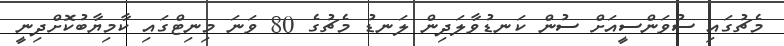
މެޗުގައި ސުވަންސީއަށް ސުން ކަނޑުވާލަދިން ލަނޑު މެޗުގެ 80 ވަނަ މިނިޓްގައި ކާމިޔާބުކޮށްދިނީ